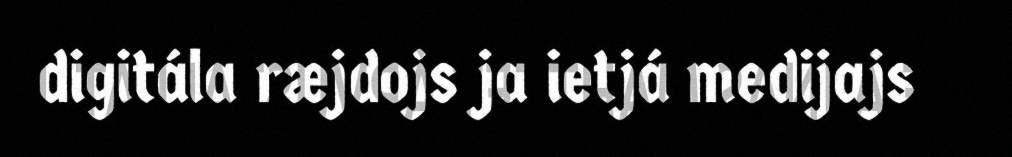
digitála ræjdojs ja ietjá medijajs